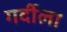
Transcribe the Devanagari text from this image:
गर्दीला